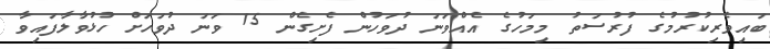
ބައިވެރިކުރުމުގެ ފުރުސަތު މިމަހުގެ އެއްވަނަ ދުވަހުން ފެށިގެން 15 ވަނަ ދުވަހަށް ހުޅުވާލާފައިވާ